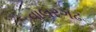
વાલરગઢ